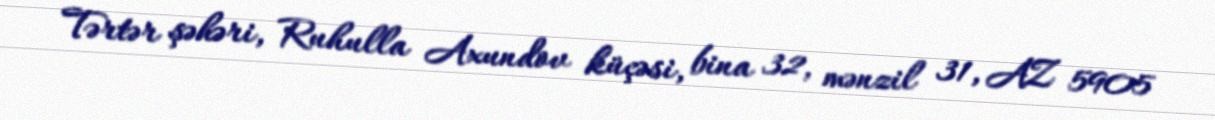
Tərtər şəhəri, Ruhulla Axundov küçəsi, bina 32, mənzil 31, AZ 5905